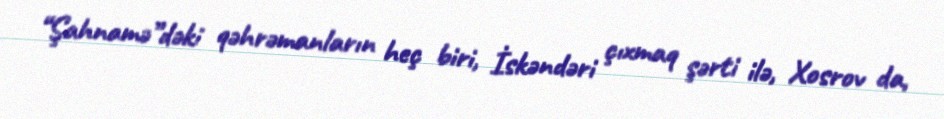
“Şahnamə”dəki qəhrəmanların heç biri, İskəndəri çıxmaq şərti ilə, Xosrov da,